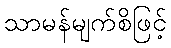
သာမန်မျက်စိဖြင့်